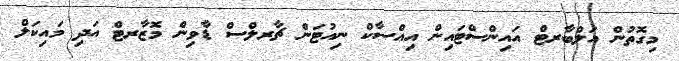
މިގޮތުން އަލްބާރޓް އައިންސްޓައިން އިއްސާކް ނިއުޓަން ޗާރލްސް ޑާވިން މޮޒާރޓް އަދި މައިކަލް